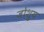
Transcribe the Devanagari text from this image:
जोशुय